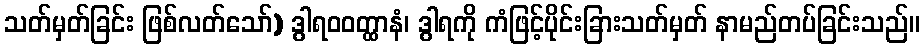
သတ်မှတ်ခြင်း ဖြစ်လတ်သော်) ဒွါရဝဝတ္ထာနံ၊ ဒွါရကို ကံဖြင့်ပိုင်းခြားသတ်မှတ် နာမည်တပ်ခြင်းသည်။